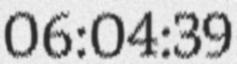
06:04:39